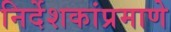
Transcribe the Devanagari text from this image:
निर्देशकांप्रमाणे